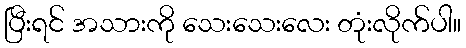
ပြီးရင် အသားကို သေးသေးလေး တုံးလိုက်ပါ။